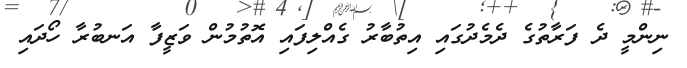
ނިންމީ ދެ ފަރާތުގެ ދެމެދުގައި އިތުބާރު ގެއްލިފައި އޮތުމުން ވަޒީފާ އަނބުރާ ހޯދައި